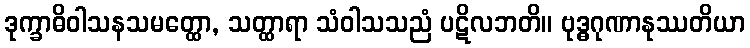
ဒုက္ခာဓိဝါသနသမတ္ထော, သတ္ထာရာ သံဝါသသညံ ပဋိလဘတိ။ ဗုဒ္ဓဂုဏာနုဿတိယာ